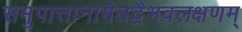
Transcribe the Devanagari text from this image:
समुपात्तानामेतद्वैभवलक्षणम्